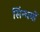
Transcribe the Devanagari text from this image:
सिंन्धयों